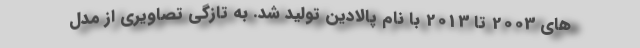
های 2003 تا 2013 با نام پالادین تولید شد. به تازگی تصاویری از مدل